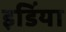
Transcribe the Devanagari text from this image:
इडिंया